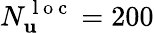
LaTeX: N_{\mathbf{u}}^{\mathrm{~l~o~c~}}=200